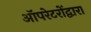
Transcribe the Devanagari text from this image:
ऑपरेटरोंद्वारा